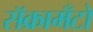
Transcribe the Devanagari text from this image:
सॅक्रामँटो